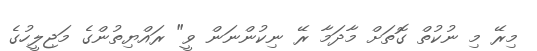
މިރޭ މި ނުކުތް ގޮތަށް މާދަމާ ރޭ ނިކުންނަން ވީ" ރައްޔިތުންގެ މަޖިލީހުގެ